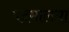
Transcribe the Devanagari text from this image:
पदमालया